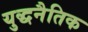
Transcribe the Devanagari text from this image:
युद्धनैतिक